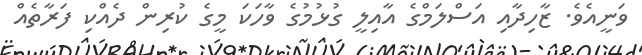
ވަނީއެވެ. ޒާހިދާއި އަސްލަމްގެ އާއިލީ ގުުޅުމުގެ ވާހަކަ މީގެ ކުރިން ދެއްކި ފަރާތެއް